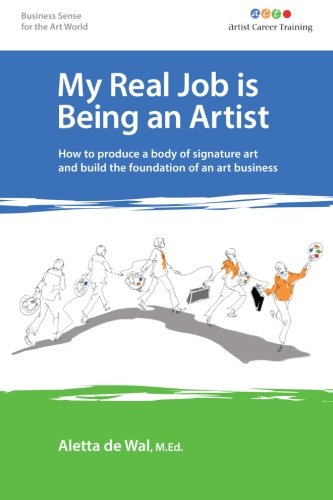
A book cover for My Real Job is Being an Artist: How to produce a body of signature art and build the foundation of an art business; Aletta de Wal M.Ed.; Arts & Photography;